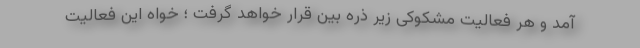
آمد و هر فعالیت مشکوکی زیر ذره بین قرار خواهد گرفت ؛ خواه این فعالیت